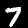
Label: 7